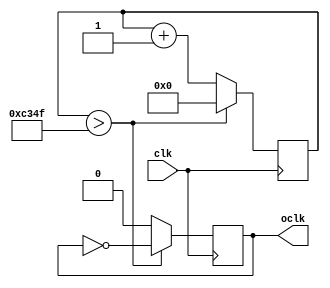
module Divider(
    input clk,
    output reg oclk
);

reg [15:0] count, countp;
reg oclkp;

always @(posedge clk) begin
    count <= countp;
    oclk <= oclkp;
end

always @(*) begin
    countp = (count > 16'hC34F) ? 16'd0 : count + 16'd1;
    oclkp = (count > 16'hC34F) ? ~oclk : 0;
end

endmodule